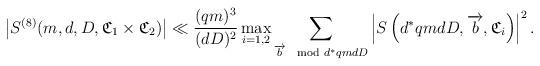
LaTeX: \begin{align*} \left|S^{(8 )}(m,d,D,\mathfrak{C}_1\times\mathfrak{C}_2)\right|\ll \frac{(qm)^3}{(dD)^2}\max_{i=1,2}\sum_{\overrightarrow{b}\mod d^*qmdD}\left|S\left(d^*qmdD,\overrightarrow{b},\mathfrak{C}_i\right)\right|^2.\end{align*}